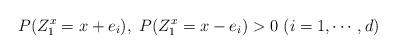
LaTeX: \begin{align*}P(Z_1^x=x +e_i),\ P(Z_1^x=x - e_i) >0\ (i=1,\cdots, d) \end{align*}